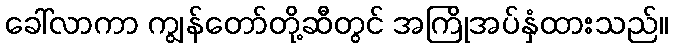
ခေါ်လာကာ ကျွန်တော်တို့ဆီတွင် အကြိုအပ်နှံထားသည်။